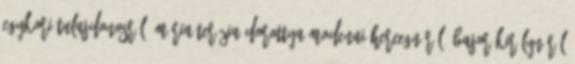
egykori tulajdonosról, Mária Terézia Dorottya modenai hercegnőről, bajor királynéról